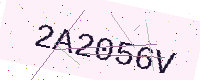
Text: 2A2056V